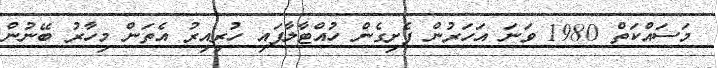
މަސައްކަތް 1980 ވަނަ އަހަރުން ފެށިގެން ހުއްޓާލާފައި ހުރިއިރު އެތަން މިހާރު ބޭނުން